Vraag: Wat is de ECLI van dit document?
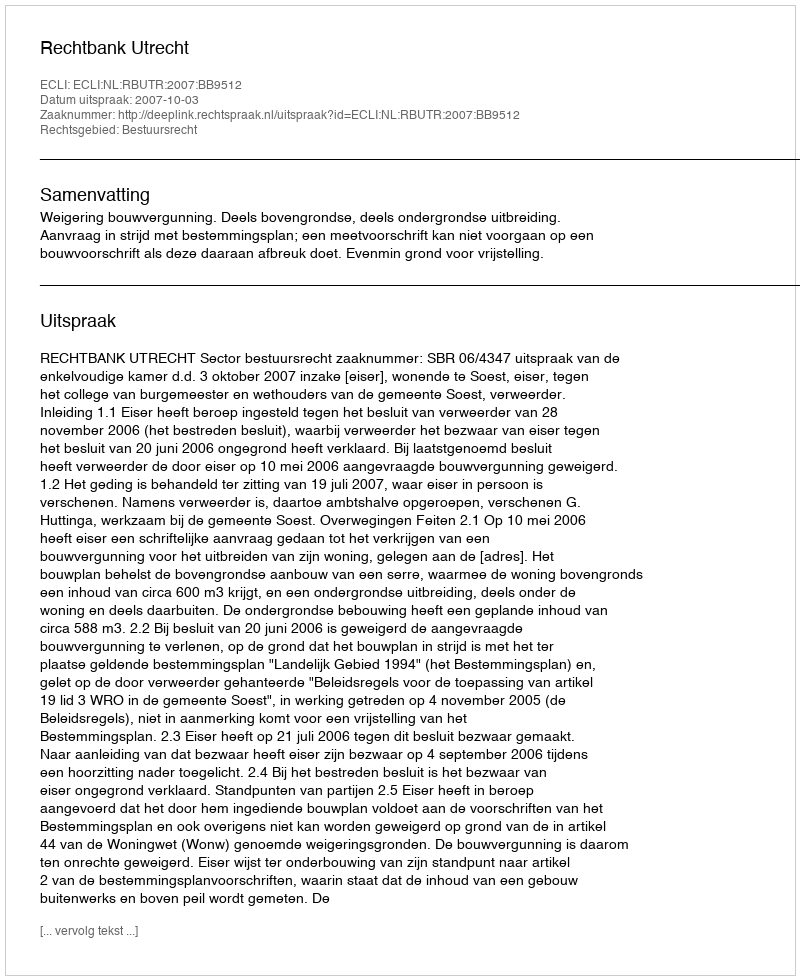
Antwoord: ECLI:NL:RBUTR:2007:BB9512